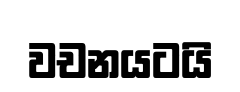
වචනයටයි